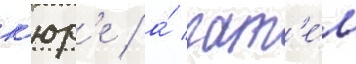
к'юр'е / а́ зат'е́м